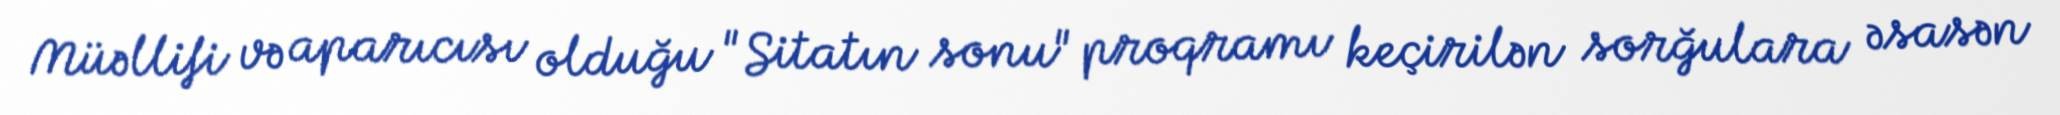
Müəllifi və aparıcısı olduğu "Sitatın sonu" proqramı keçirilən sorğulara əsasən